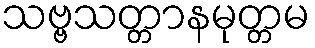
သဗ္ဗသတ္တာနမုတ္တမ